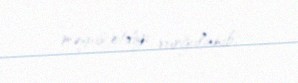
məyus etdiyi vurğulanıb.